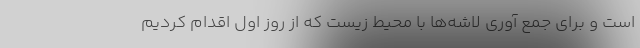
است و برای جمع آوری لاشه‌ها با محیط زیست که از روز اول اقدام کردیم